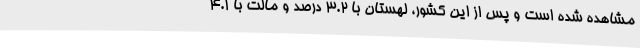
مشاهده شده است و پس از این کشور، لهستان با 3.2 درصد و مالت با 4.1